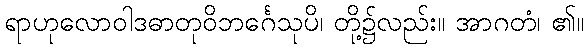
ရာဟုလောဝါဒဓာတုဝိဘင်္ဂေသုပိ၊ တို့၌လည်း။ အာဂတံ၊ ၏။